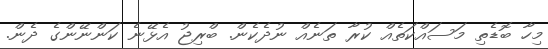
މިހާ ބޮޑެތި މަސައްކަތެއް ކުރާ ތަނެއް ނުދެކެން. ބްރިޖު އެޅޭނެ ކަންނޭންގެ ދެން.